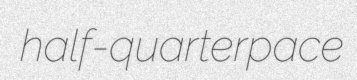
half-quarterpace